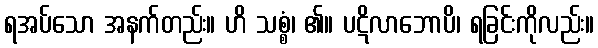
ရအပ်သော အနက်တည်း။ ဟိ သစ္စံ၊ ၏။ ပဋိလာဘောပိ၊ ရခြင်းကိုလည်း။